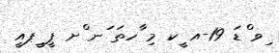
ިވ ްޑަ 19-އ ީކ މި ާހތަ ަނ ްށ ޕީ ީޕއީ